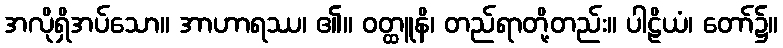
အလိုရှိအပ်သော။ အာဟာရဿ၊ ၏။ ဝတ္ထူနိ၊ တည်ရာတို့တည်း။ ပါဠိယံ၊ တော်၌။